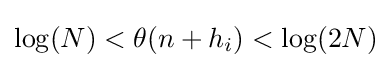
\log(N)<\theta (n+h_{i})<\log(2N)